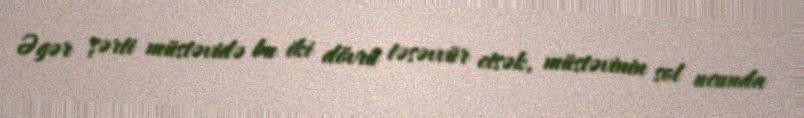
Əgər şərti müstəvidə bu iki dövrü təsəvvür etsək, müstəvinin sol ucunda